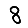
Digit: 8